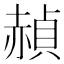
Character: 赬